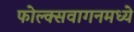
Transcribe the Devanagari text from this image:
फोल्क्सवागनमध्ये